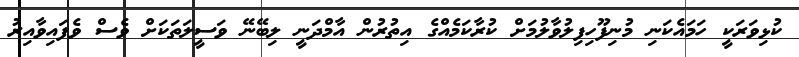
ކުޅިވަރަކީ ހަމައެކަނި މުނިފޫހިފިލުވާލުމަށް ކުރާކަމެއްގެ އިތުރުން އާމްދަނީ ލިބޭނޭ ވަސީލަތަކަށް ވެސް ވެފައިވާއިރު